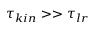
\tau _ { k i n } > > \tau _ { l r }